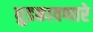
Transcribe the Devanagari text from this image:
धुडकावणारे